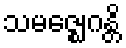
သမဇ္ဈေဂန္တိ